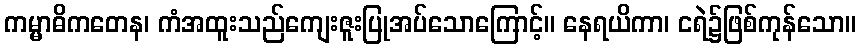
ကမ္မာဓိကတေန၊ ကံအထူးသည်ကျေးဇူးပြုအပ်သောကြောင့်။ နေရယိကာ၊ ငရဲ၌ဖြစ်ကုန်သော။